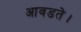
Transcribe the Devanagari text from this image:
आवडते।